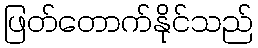
ဖြတ်တောက်နိုင်သည်